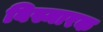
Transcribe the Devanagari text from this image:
बिस्मारक